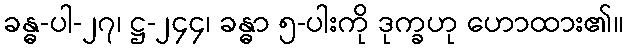
ခန္ဓ-ပါ-၂၇၊ ဋ္ဌ-၂၄၄၊ ခန္ဓာ ၅-ပါးကို ဒုက္ခဟု ဟောထား၏။